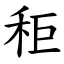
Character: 秬